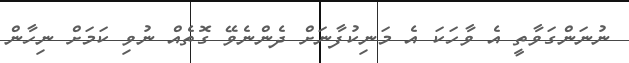
ނުނަންގަވާތީ އެ ވާހަކަ އެ މަނިކުފާނަށް ދެންނެވޭ ގޮތެއް ނުވި ކަމަށް ނިހާން